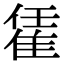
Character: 𨿃